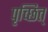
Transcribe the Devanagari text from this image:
पृच्छित्